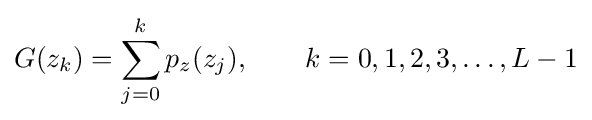
G(z_{k})=\sum _{j=0}^{k}p_{z}(z_{j}),\qquad k=0,1,2,3,\ldots ,L-1